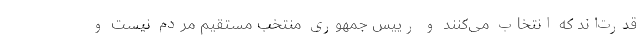
قدرت‌اند که انتخاب می‌کنند و رییس جمهوری منتخب مستقیم مردم نیست و